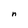
Character: n